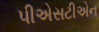
પીએસટીએન